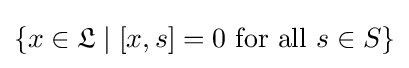
\{x\in {\mathfrak {L}}\mid [x,s]=0{\text{ for all }}s\in S\}